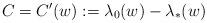
LaTeX: \begin{align*}C=C'(w):=\lambda_0(w)-\lambda_\ast(w)\end{align*}